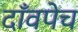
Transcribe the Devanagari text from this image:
दाँवपेच